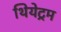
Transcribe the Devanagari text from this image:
थियेट्रम